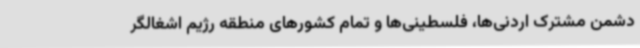
دشمن مشترک اردنی‌ها، فلسطینی‌ها و تمام کشورهای منطقه رژیم اشغالگر